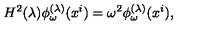
H ^ { 2 } ( \lambda ) \phi _ { \omega } ^ { ( \lambda ) } ( x ^ { i } ) = \omega ^ { 2 } \phi _ { \omega } ^ { ( \lambda ) } ( x ^ { i } ) ,